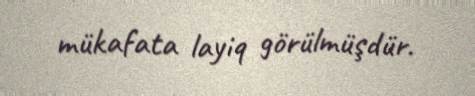
mükafata layiq görülmüşdür.